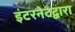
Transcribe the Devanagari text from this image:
इंटरनेटद्वारा